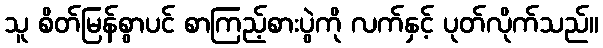
သူ စိတ်မြန်စွာပင် စာကြည့်စားပွဲကို လက်နှင့် ပုတ်လိုက်သည်။